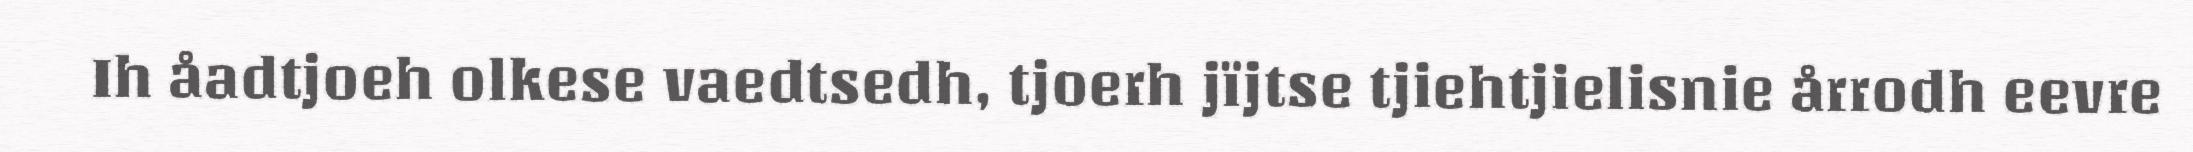
Ih åadtjoeh olkese vaedtsedh, tjoerh jïjtse tjiehtjielisnie årrodh eevre